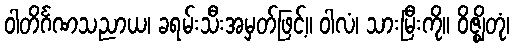
ဝါတိင်္ဂဏသညာယ၊ ခရမ်းသီးအမှတ်ဖြင့်။ ဝါလံ၊ သားမြီးကို။ ဝိဇ္ဈိတုံ၊